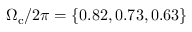
\Omega _ { \mathrm { c } } / 2 \pi = \{ 0 . 8 2 , 0 . 7 3 , 0 . 6 3 \}